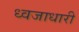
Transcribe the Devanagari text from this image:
ध्वजाधारी